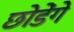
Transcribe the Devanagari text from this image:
छोडेंगे